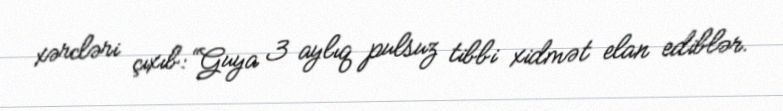
xərcləri çıxıb: “Guya 3 aylıq pulsuz tibbi xidmət elan ediblər.